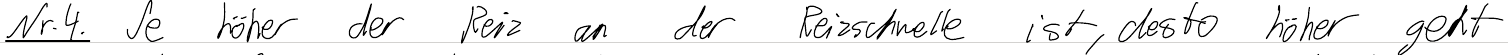
Nr.4. Je höher der Reiz an der Reizschwelle ist, desto höher geht